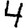
Digit: 4